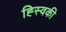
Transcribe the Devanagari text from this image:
ह्स्विकी